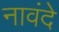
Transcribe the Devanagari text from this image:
नावंदे